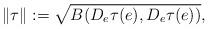
LaTeX: \begin{align*} \|\tau\|:= \sqrt{B(D_e\tau(e), D_e\tau(e))}, \end{align*}